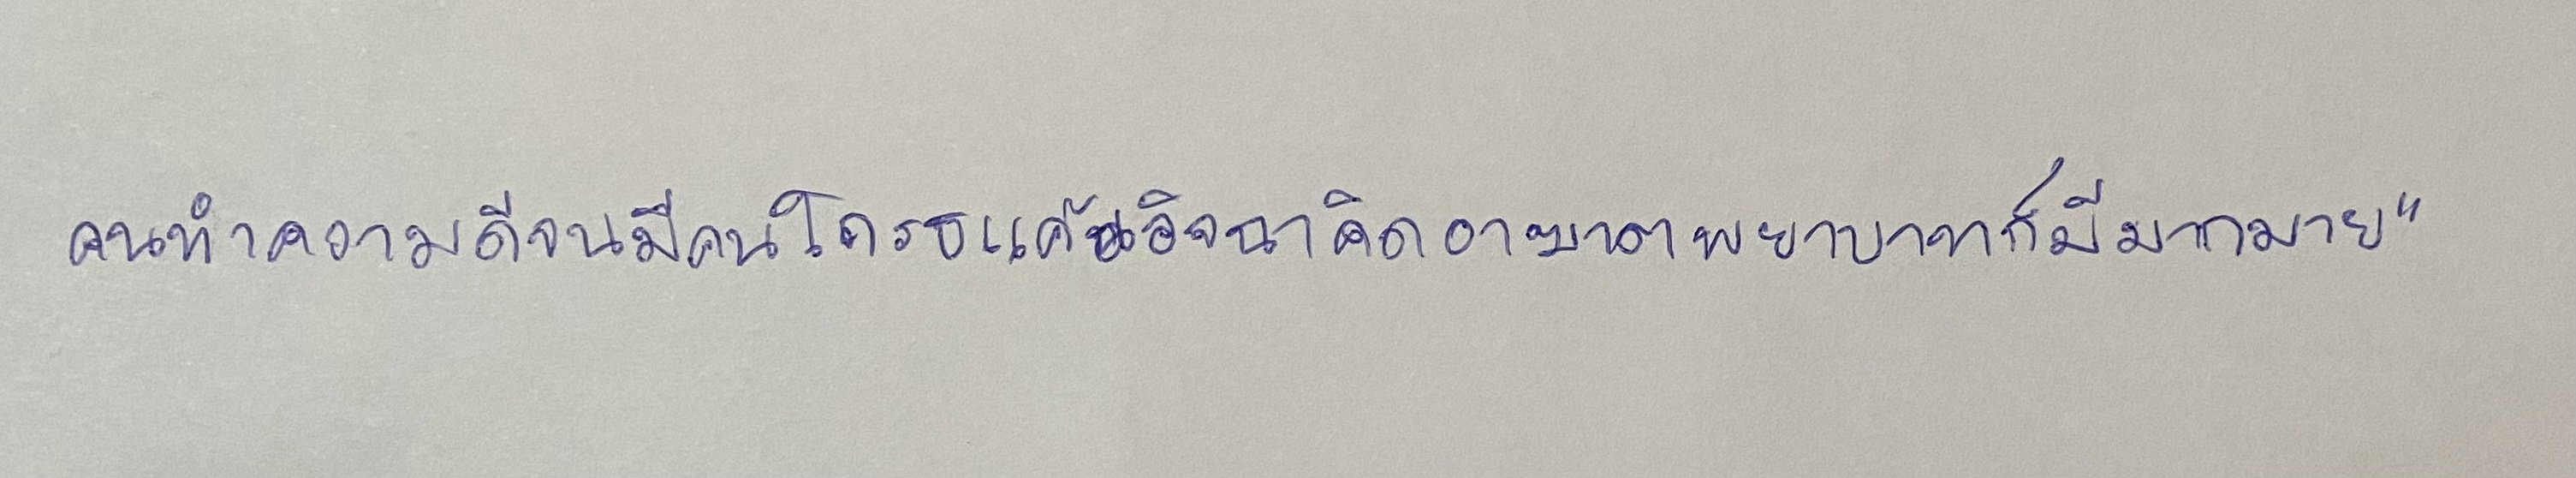
คนดีทำความดีจนมีคนโกรธแค้นอิจฉาคิดอาฆาตพยาบาทก็มีมากมาย"